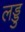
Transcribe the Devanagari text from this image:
लड्डु